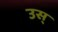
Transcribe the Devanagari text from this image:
उस्